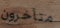
متأخرون